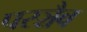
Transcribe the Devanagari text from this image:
परञ्चैव